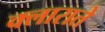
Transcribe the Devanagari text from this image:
क्लाराते